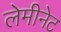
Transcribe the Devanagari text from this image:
लेमीनेट